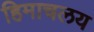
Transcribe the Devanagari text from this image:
हिमाचलय